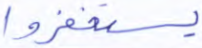
يستغفروا